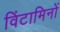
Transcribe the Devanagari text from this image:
विंटामिनों